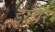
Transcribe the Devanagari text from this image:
इरुवर्